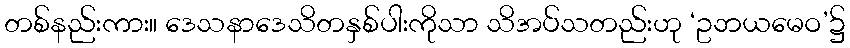
တစ်နည်းကား။ ဒေသနာဒေသိတနှစ်ပါးကိုသာ သိအပ်သတည်းဟု ‘ဥဘယမေဝ’၌